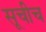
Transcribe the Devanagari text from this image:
सूचीच